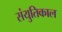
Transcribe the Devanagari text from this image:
संयुतिकाल